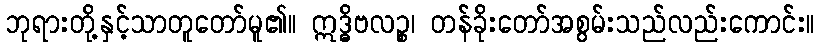
ဘုရားတို့နှင့်သာတူတော်မူ၏။ ဣဒ္ဓိဗလဉ္စ၊ တန်ခိုးတော်အစွမ်းသည်လည်းကောင်း။